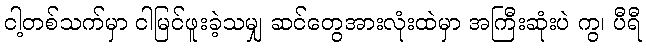
ငါ့တစ်သက်မှာ ငါမြင်ဖူးခဲ့သမျှ ဆင်တွေအားလုံးထဲမှာ အကြီးဆုံးပဲ ကွ၊ ပီရီ